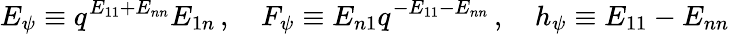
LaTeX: E_{\psi}\equiv q^{E_{11}+E_{nn}}E_{1n}\, ,~~~~F_{\psi}\equiv E_{n1}q^{-E_{11}-E_{nn}}\, ,~~~~h_{\psi}\equiv E_{11}-E_{nn}